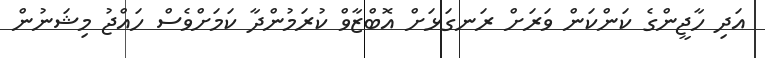
އަދި ހާޖީންގެ ކަންކަން ވަރަށް ރަނގަޅަށް އޮބްޒާވް ކުރަމުންދާ ކަމަށްވެސް ހައްޖު މިޝަނުން